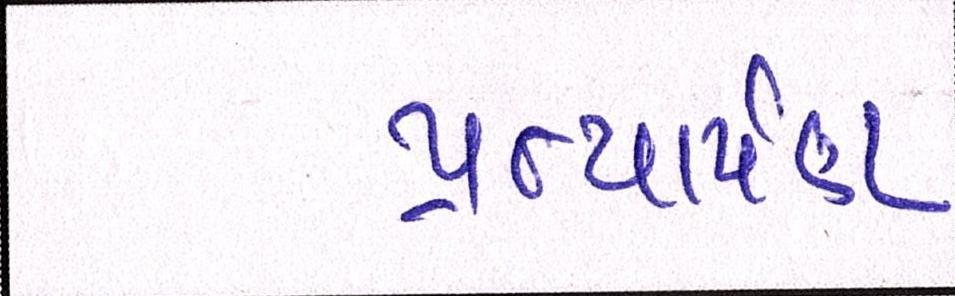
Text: પ્રત્યાર્પણ